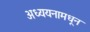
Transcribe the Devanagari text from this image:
अध्ययनामधून